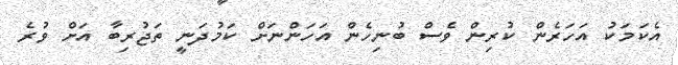
އެކަމަކު އަހަރެން ކުރިން ވެސް ބުނިހެން އަހަންނަށް ކަމުދަނީ ތަޖުރިބާ އަށް ވުރެ